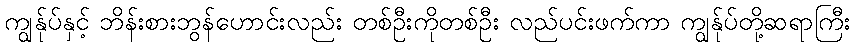
ကျွန်ုပ်နှင့် ဘိန်းစားဘွန်ဟောင်းလည်း တစ်ဦးကိုတစ်ဦး လည်ပင်းဖက်ကာ ကျွန်ုပ်တို့ဆရာကြီး